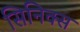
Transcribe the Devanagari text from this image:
सिनिक्स